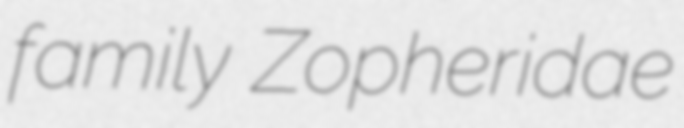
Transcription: family Zopheridae